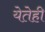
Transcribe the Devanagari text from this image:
येतेही